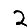
Digit: 2